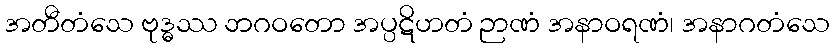
အတီတံသေ ဗုဒ္ဓဿ ဘဂဝတော အပ္ပဋိဟတံ ဉာဏံ အနာဝရဏံ၊ အနာဂတံသေ